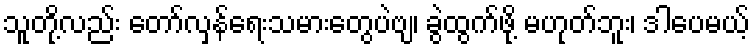
သူတို့လည်း တော်လှန်ရေးသမားတွေပဲဗျ၊ ခွဲထွက်ဖို့ မဟုတ်ဘူး၊ ဒါပေမယ့်